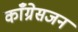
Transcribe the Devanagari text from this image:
काँग्रेसजन